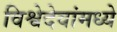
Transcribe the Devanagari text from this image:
विश्वेदेवांमध्ये